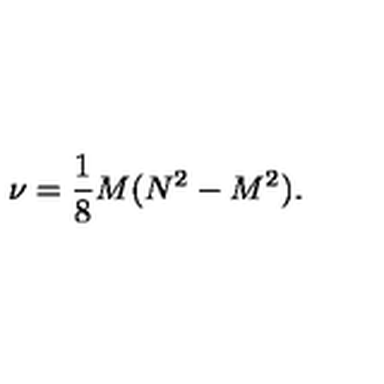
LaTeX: \nu = { \frac { 1 } { 8 } } M ( N ^ { 2 } - M ^ { 2 } ) .